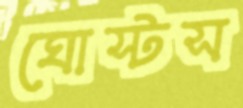
ঘোস্টস